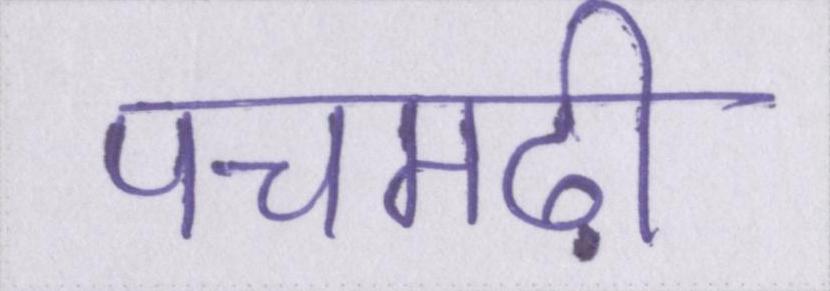
पचमढ़ी